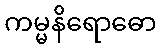
ကမ္မနိရောဓော